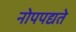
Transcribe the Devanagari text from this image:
नोपपद्यते